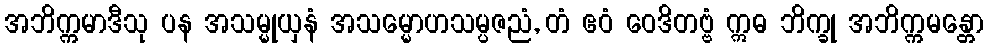
အဘိက္ကမာဒီသု ပန အသမ္မုယှနံ အသမ္မောဟသမ္ပဇညံ, တံ ဧဝံ ဝေဒိတဗ္ဗံ ဣဓ ဘိက္ခု အဘိက္ကမန္တော